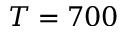
T = 7 0 0